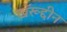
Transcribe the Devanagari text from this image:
खॅरूद्दीन